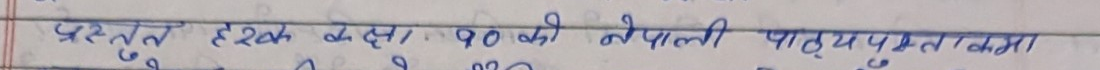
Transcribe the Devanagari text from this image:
प्रस्तुत हरेक कक्षा १० को नेपाली पाठ्यपुस्तकमा